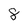
Character: 8